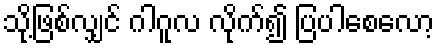
သို့ဖြစ်လျှင် ဂါဂူလ လိုက်၍ ပြပါစေလော့